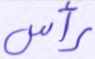
رأس